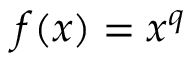
f ( x ) = x ^ { q }